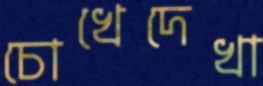
চোখেদেখা